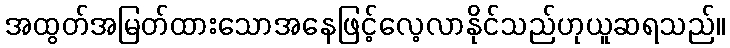
အထွတ်အမြတ်ထားသောအနေဖြင့်လေ့လာနိုင်သည်ဟုယူဆရသည်။